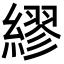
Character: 繆